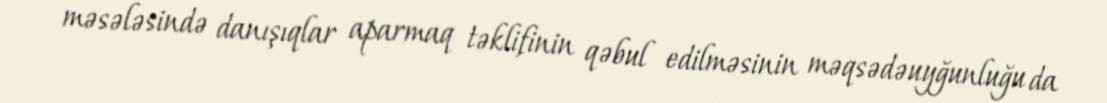
məsələsində danışıqlar aparmaq təklifinin qəbul edilməsinin məqsədəuyğunluğu da